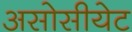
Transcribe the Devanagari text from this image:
असोसीयेट